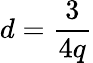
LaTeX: d=\frac{3}{4q}